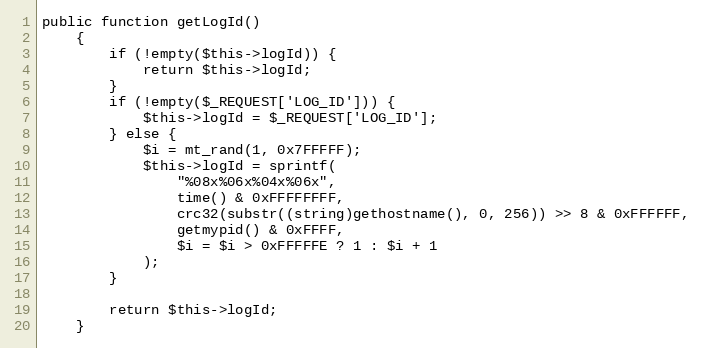
Language: PHP
public function getLogId()
    {
        if (!empty($this->logId)) {
            return $this->logId;
        }
        if (!empty($_REQUEST['LOG_ID'])) {
            $this->logId = $_REQUEST['LOG_ID'];
        } else {
            $i = mt_rand(1, 0x7FFFFF);
            $this->logId = sprintf(
                "%08x%06x%04x%06x",
                time() & 0xFFFFFFFF,
                crc32(substr((string)gethostname(), 0, 256)) >> 8 & 0xFFFFFF,
                getmypid() & 0xFFFF,
                $i = $i > 0xFFFFFE ? 1 : $i + 1
            );
        }

        return $this->logId;
    }